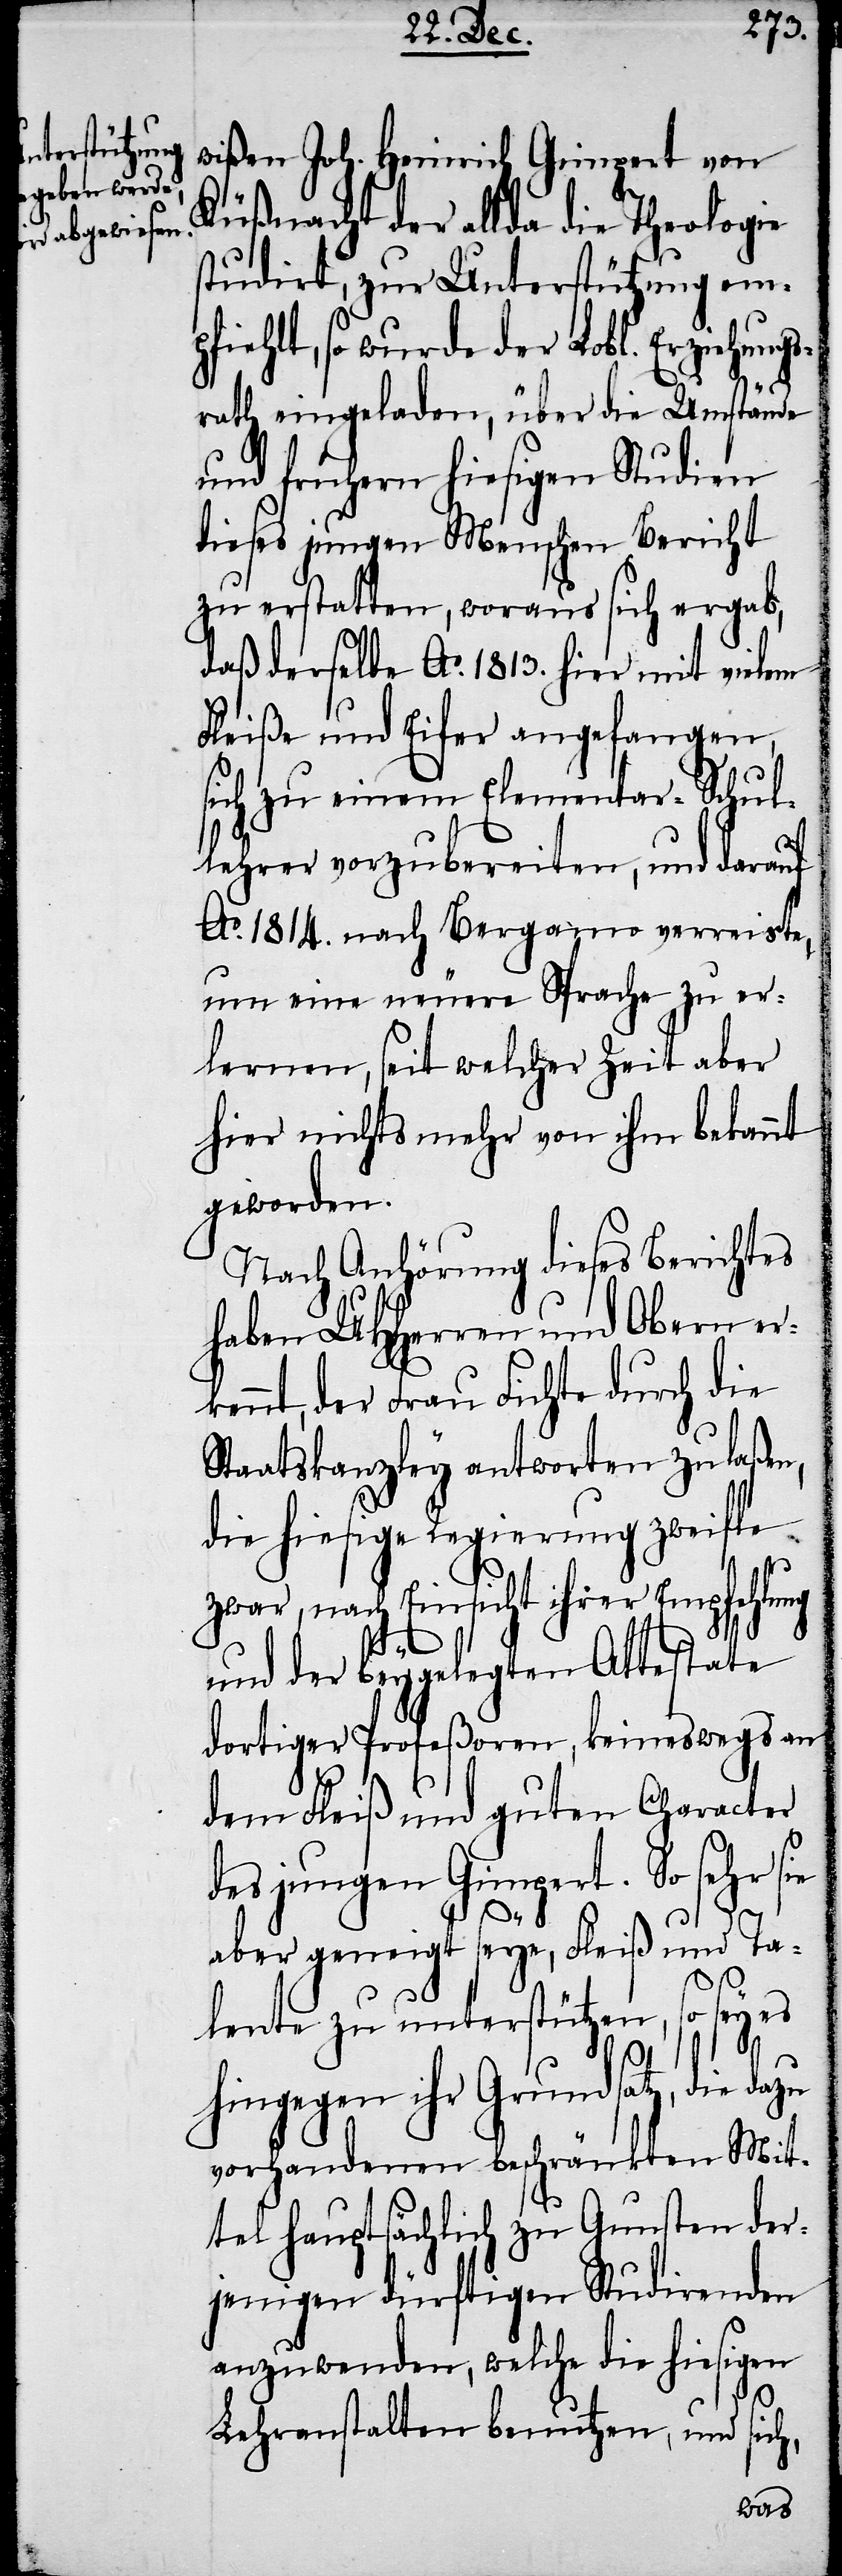
wißen Joh. Heinrich Gimpert von
Küßnacht der allda die Theologie
studirt, zur Unterstützung emp¬
fiehlt, so wurde der Lobl. Erziehung¬
zu
rath eingeladen, über die Umstände
und frühern hiesigen Studien
dieses jungen Menschen Bericht
zu erstatten, woraus sich ergab,
daß derselbe Ao. 1813. hier mit vielem
Fleiße und Eifer angefangen,
sich zu einem Elementar-Schul¬
lehrer vorzubereiten, und darauf
Ao. 1814. nach Bergamo verreiste,
um eine neuere Sprache zu er¬
lernen, seit welcher Zeit aber
hier nichts mehr von ihm bekannt
geworden.
Nach Anhörung dieses Berichtes
haben UHHerren und Obern erk¬
ennt, der Frau Fichte durch die
Staatskanzley antworten zu laßen,
die hiesige Regierung zweifle
zwar, nach Einsicht ihrer Empfehlung
und der beygelegten Attestate
dortiger Profeßoren, keineswegs an
dem Fleiß und guten Character
des jungen Gimpert. So sehr sie
aber geneigt seye, Fleiß und Ta¬
lente zu unterstützen, so sey es
hingegen ihr Grundsatz, die da¬
vorhandenen beschränkten Mit¬
tel hauptsächlich zu Gunsten der¬
jenigen dürftigen Studirenden
anzuwenden, welche die hiesigen
Lehranstalten benutzen, und sich,